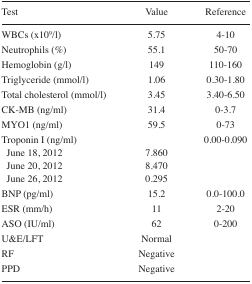
| Test | Value | Reference |
 | --- | --- | --- |
 | WBCs (x109/l) | 5.75 | 4–10 |
 | Neutrophils (%) | 55.1 | 50–70 |
 | Hemoglobin (g/l) | 149 | 110–160 |
 | Triglyceride (mmol/l) | 1.06 | 0.30–1.80 |
 | Total cholesterol (mmol/l) | 3.45 | 3.40–6.50 |
 | CK-MB (ng/ml) | 31.4 | 0–3.7 |
 | MYO1 (ng/ml) | 59.5 | 0–73 |
 | Troponin I (ng/ml) |  | 0.00–0.090 |
 | June 18, 2012 | 7.860 |  |
 | June 20, 2012 | 8.470 |  |
 | June 26, 2012 | 0.295 |  |
 | BNP (pg/ml) | 15.2 | 0.0–100.0 |
 | ESR (mm/h) | 11 | 2–20 |
 | ASO (IU/ml) | 62 | 0–200 |
 | U&E/LFT | Normal |  |
 | RF | Negative |  |
 | PPD | Negative |  |